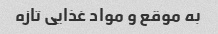
به موقع و مواد غذایی تازه